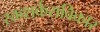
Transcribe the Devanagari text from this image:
रक्तशर्कराविकार